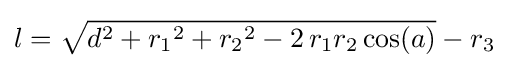
l={\sqrt {d^{2}+{r_{1}}^{2}+{r_{2}}^{2}-2\,r_{1}r_{2}\cos(a)}}-r_{3}